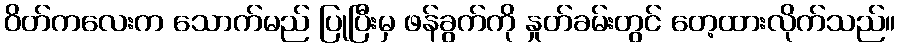
ဝိတ်ကလေးက သောက်မည် ပြုပြီးမှ ဖန်ခွက်ကို နှုတ်ခမ်းတွင် တေ့ထားလိုက်သည်။